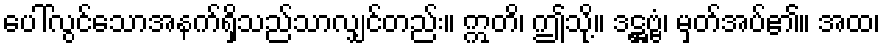
ပေါ်လွင်သောအနက်ရှိသည်သာလျှင်တည်း။ ဣတိ၊ ဤသို့။ ဒဋ္ဌဗ္ဗံ၊ မှတ်အပ်၏။ အထ၊